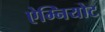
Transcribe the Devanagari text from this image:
ऐम्नियोट